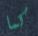
كما